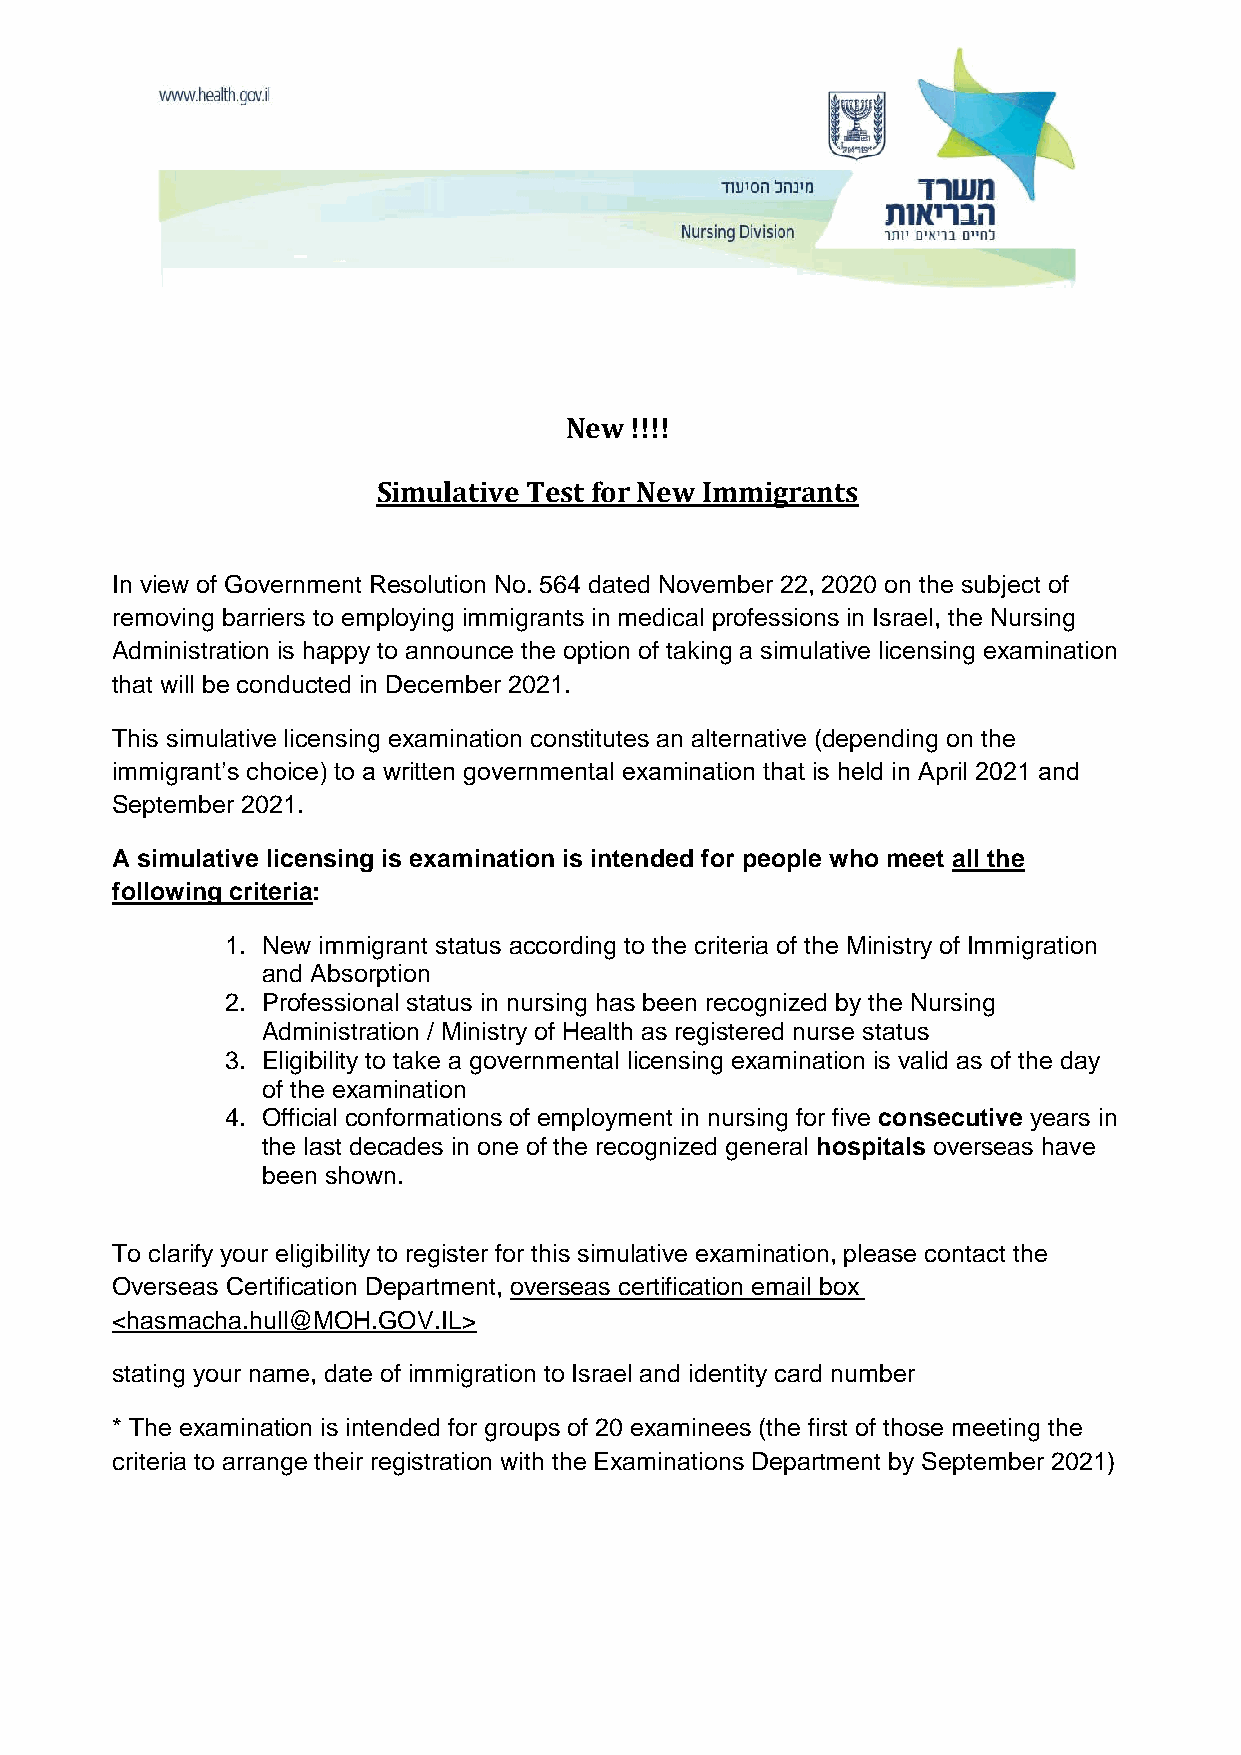
New  !!!!
 Simulative Test for New Immigrants
 In view of Government Resolution No. 564 dated November 22, 2020 on the subject of
 removing barriers to employing immigrants in medical professions in Israel, the Nursing
 Administration is happy to announce the option of taking a simulative licensing examination
 that will be conducted in December 2021.
 This simulative licensing examination constitutes an alternative (depending on the
 immigrant’s choice) to a written governmental examination that is held in April 2021 and
 September 2021.
 A simulative licensing is examination is intended for people who meet all the
 following criteria:
 1. New immigrant status according to the criteria of the Ministry of Immigration
 and Absorption
 2. Professional status in nursing has been recognized by the Nursing
 Administration / Ministry of Health as registered nurse status
 3. Eligibility to take a governmental licensing examination is valid as of the day
 of the examination
 4. Official conformations of employment in nursing for five consecutive years in
 the last decades in one of the recognized general hospitals overseas have
 been shown.
 To clarify your eligibility to register for this simulative examination, please contact the
 Overseas Certification Department, overseas certification email box
 <hasmacha.hull@MOH.GOV.IL>
 stating your name, date of immigration to Israel and identity card number
 * The examination is intended for groups of 20 examinees (the first of those meeting the
 criteria to arrange their registration with the Examinations Department by September 2021)